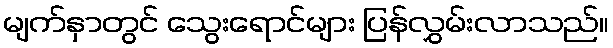
မျက်နှာတွင် သွေးရောင်များ ပြန်လွှမ်းလာသည်။